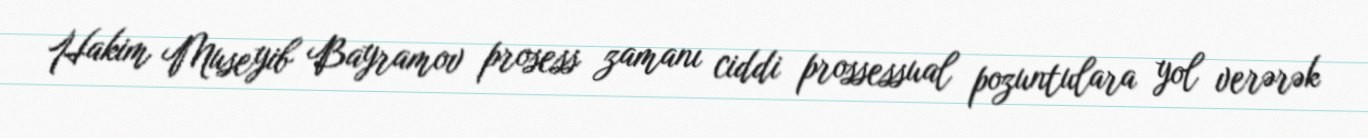
Hakim Museyib Bayramov prosess zamanı ciddi prossessual pozuntulara yol verərək